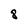
Character: 8